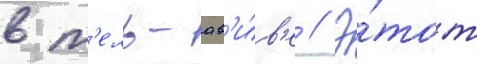
в т'ель-ав'и́в'е // Э́тот